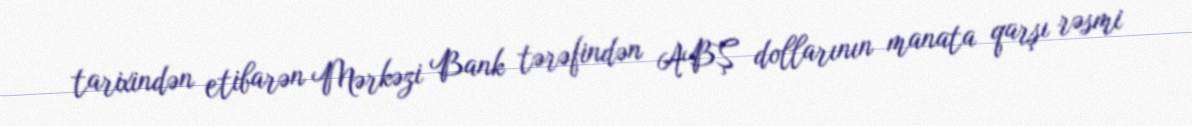
tarixindən etibarən Mərkəzi Bank tərəfindən ABŞ dollarının manata qarşı rəsmi